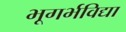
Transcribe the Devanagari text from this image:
भूगर्भविद्या